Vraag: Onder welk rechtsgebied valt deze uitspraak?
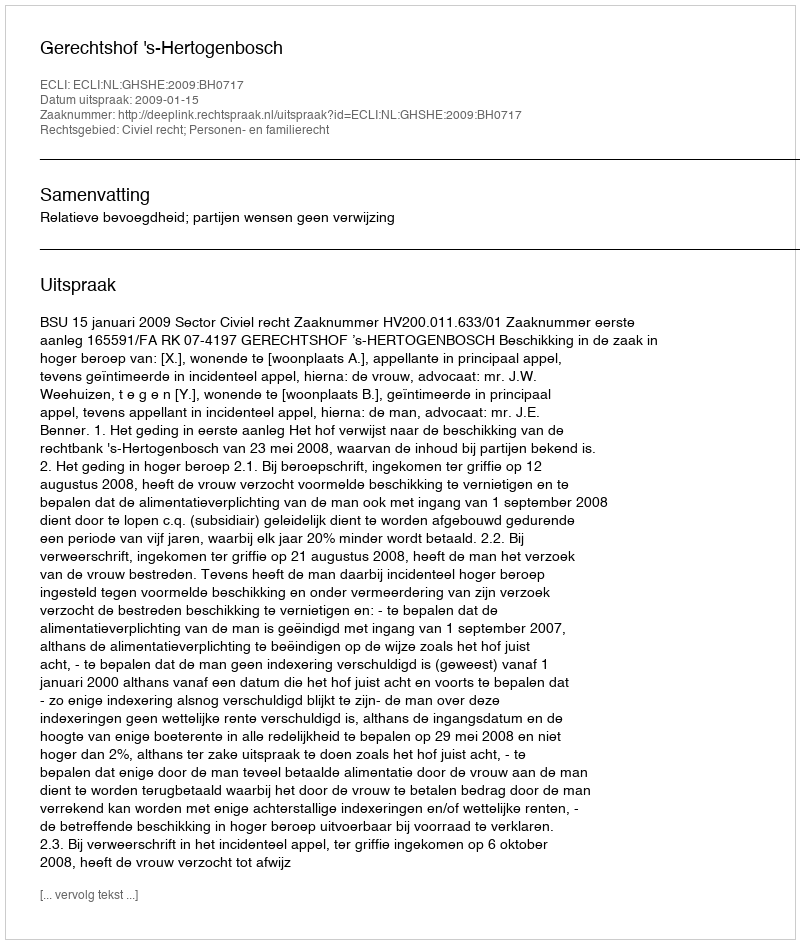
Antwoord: Civiel recht; Personen- en familierecht